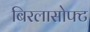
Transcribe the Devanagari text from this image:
बिरलासोफ्ट